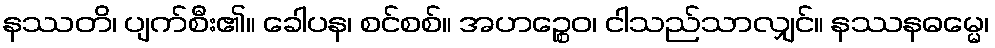
နဿတိ၊ ပျက်စီး၏။ ခေါပန၊ စင်စစ်။ အဟဉ္စေဝ၊ ငါသည်သာလျှင်။ နဿနဓမ္မေ၊